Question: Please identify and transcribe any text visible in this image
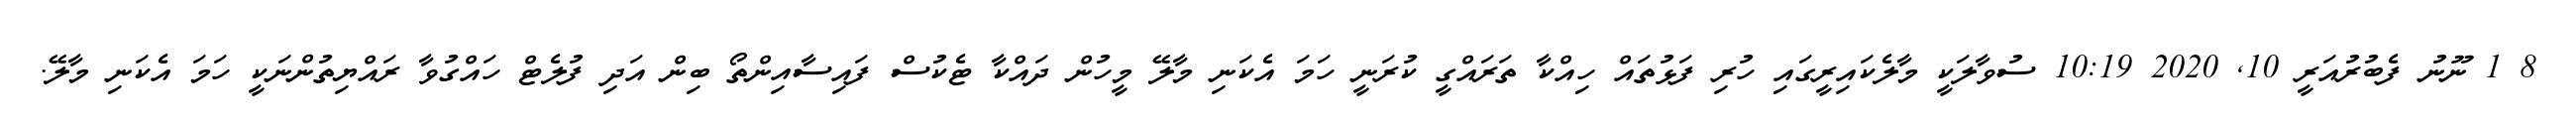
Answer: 8 1 ނޫނު ފެބުރުއަރީ 10, 2020 10:19 ސުވާލަކީ މާލެކައިރީގައި ހުރި ފަޅުތައް ހިއްކާ ތަރައްގީ ކުރަނީ ހަމަ އެކަނި މާލޭ މީހުން ދައްކާ ޓެކުސް ފައިސާއިންތޯ ބިން އަދި ފުލެޓް ހައްގުވާ ރައްޔިތުންނަކީ ހަމަ އެކަނި މާލޭ.